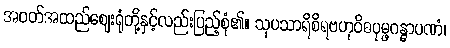
အဝတ်အထည်ဈေးရုံတို့နှင့်လည်းပြည့်စုံ၏။ သုပသာရိစိရဗဟုဝိဓပုမ္ဖဂန္ဓာပဏံ၊